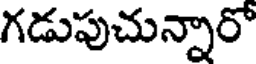
గడుపుచున్నారో